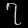
Digit: ၇